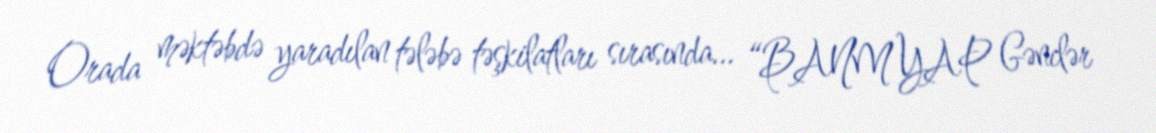
Orada məktəbdə yaradılan tələbə təşkilatları sırasında... “BANM YAP Gənclər